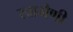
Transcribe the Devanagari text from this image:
खामैणी